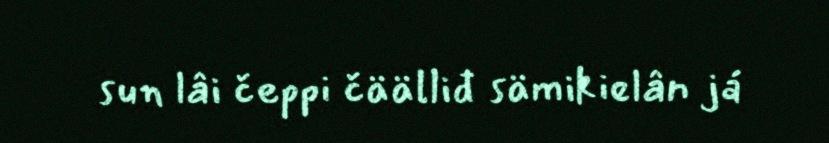
sun lâi čeppi čäälliđ sämikielân já